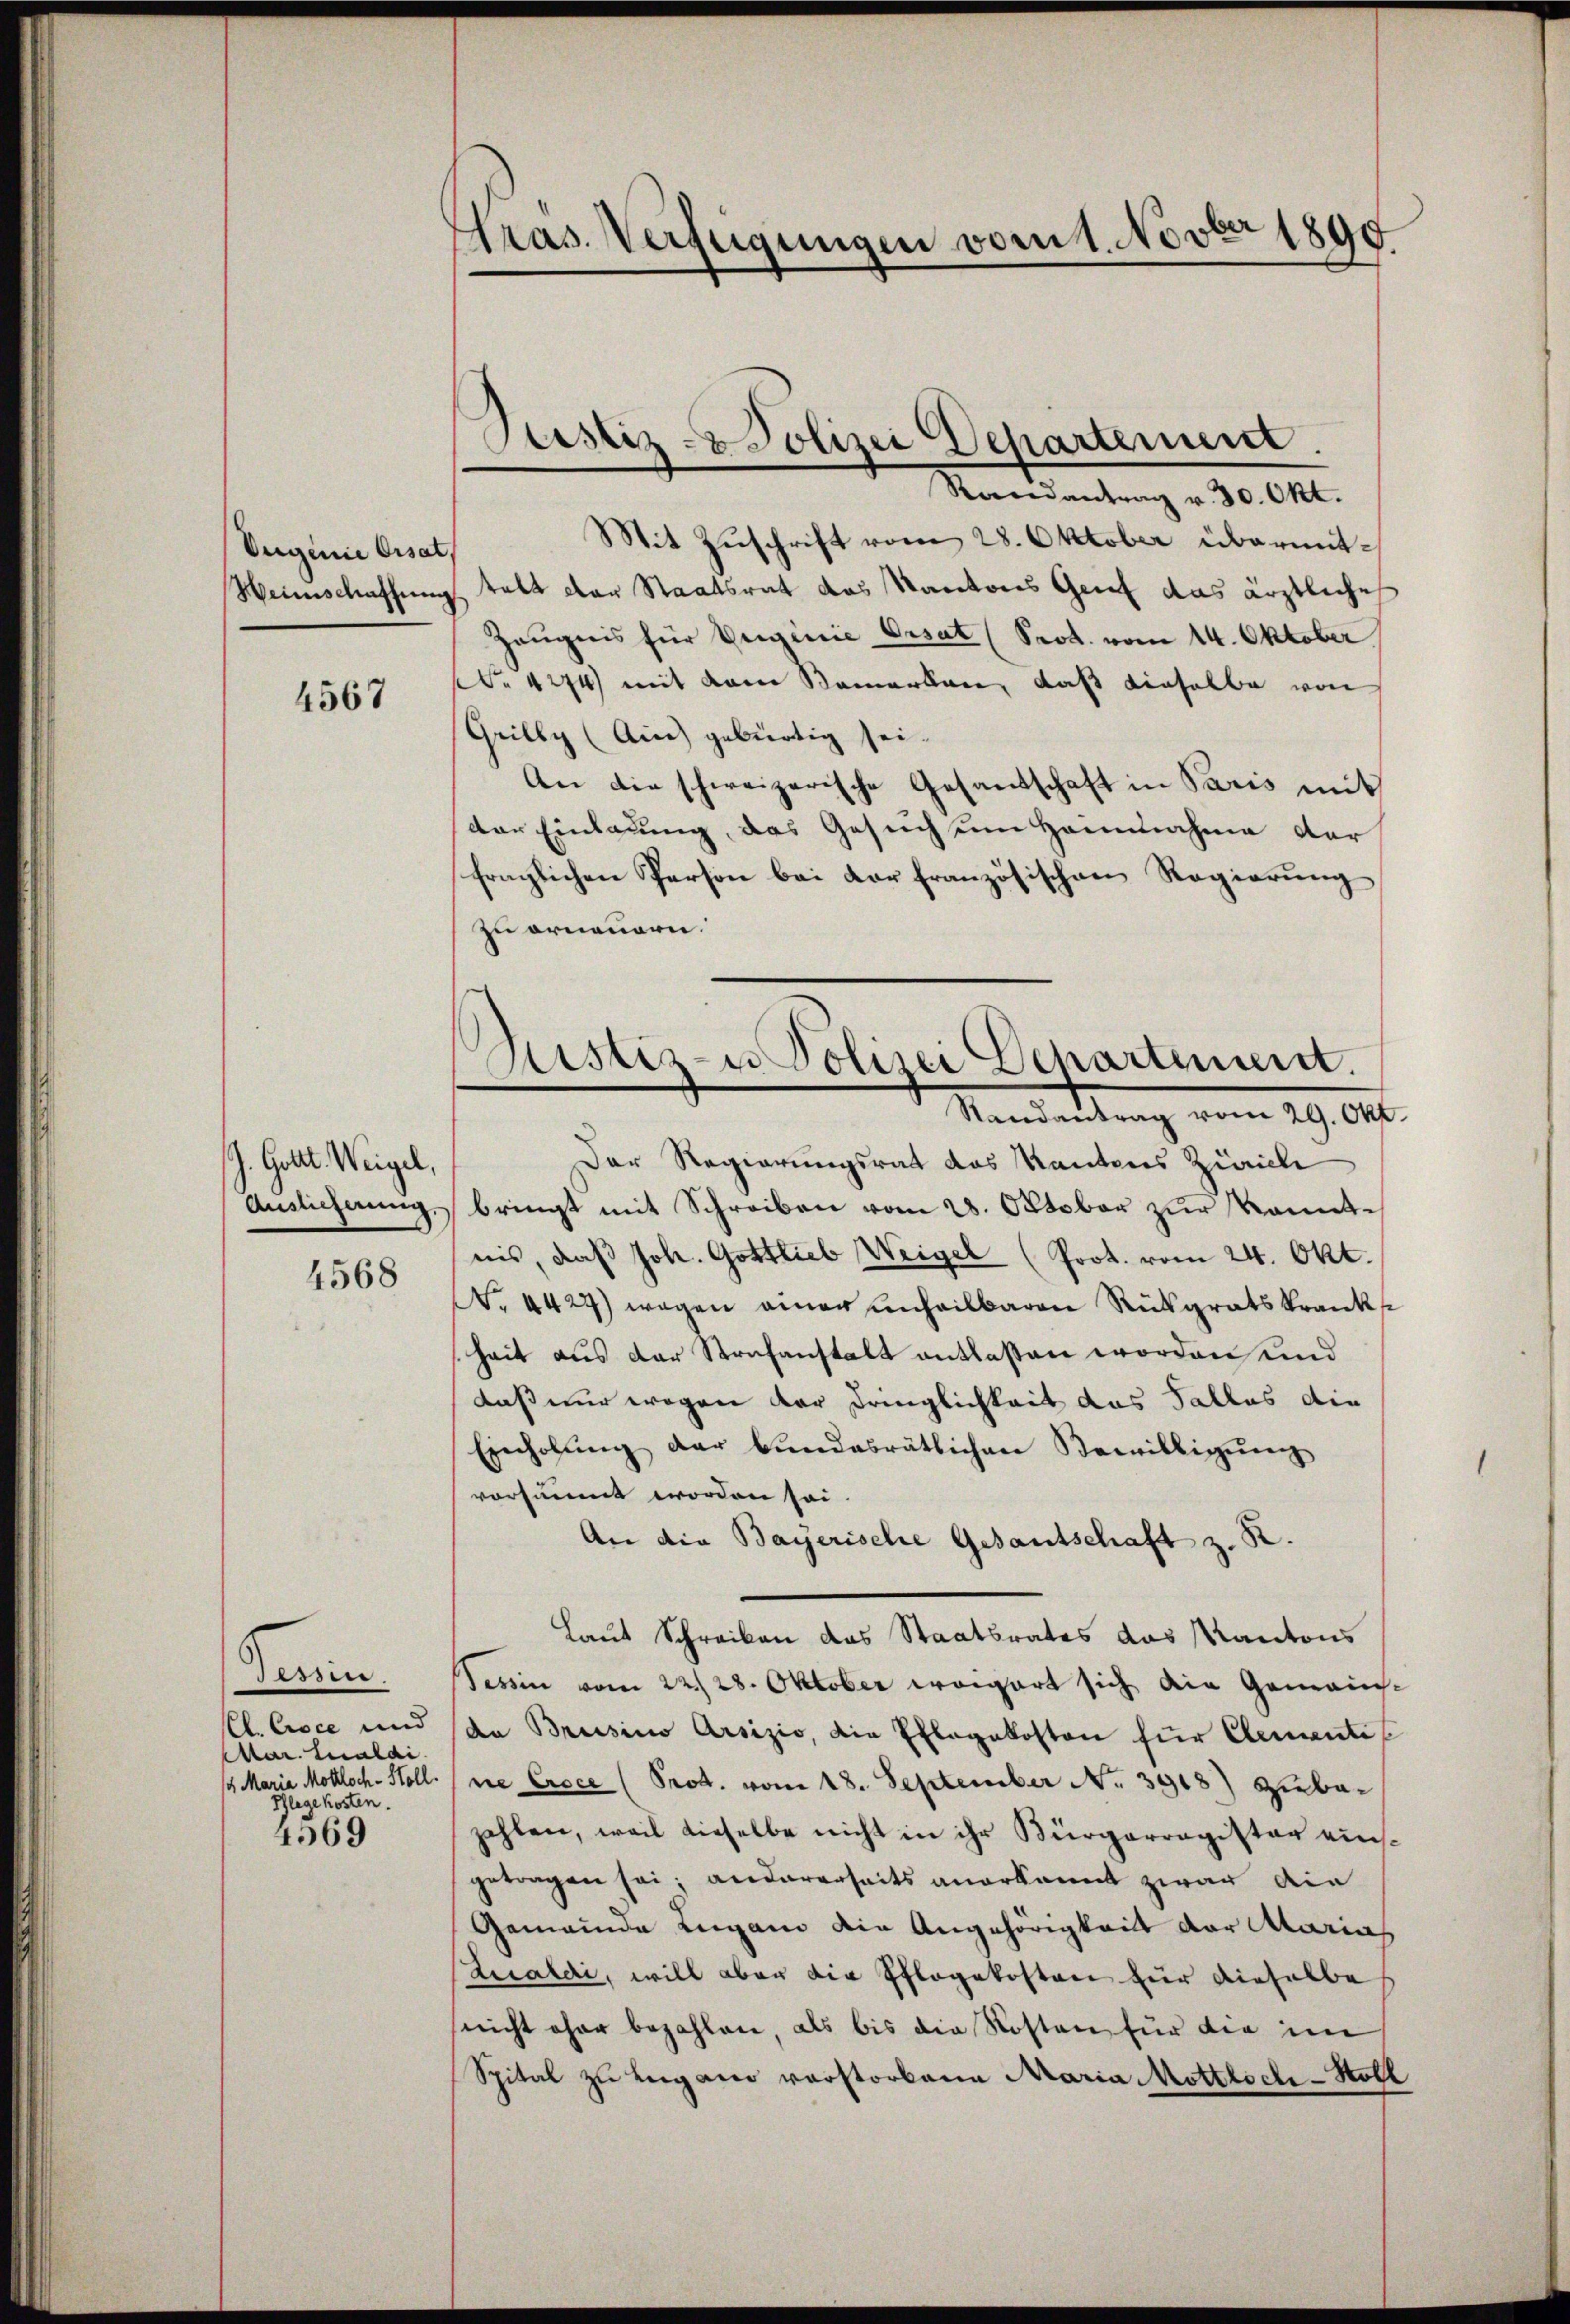
Eugenie Cisat

4567

J. Gott. Weigel,
4568

essin.
C. Croce und
Mar. Calai
14. Maria Mokloch- Holl.
Pflege kosten.
4569

Tras. Verfügungen vom 1. Novber 1890

Justiz- & Polizei Departement.

Randantrag v. 30. Okt.
Mit Zuschrift vom 28. Oktober übermit¬
Weinschaffung talt der Staatsrat das Kantons Grief das ärztliche
Zeugnis für Verginie Ersat (Prot. vom 14. Oktober
Nr 1274 mit dem Bemerken, daß dieselbe von
Grilly (Ain) gebürtig sei.
An die schweizerische Gesandschaft in Paris mit
der Einladung, das Gesuch um Heinnahme der
fraglichen Person bei Dorfranzösischen Regierung
zu erneuern.
Der Regierungsrat das Kantons Zürich
Auslicherung bringt mit Schreiben vom 28. Oktober zur kanntnis, daß Joh. Gottlieb Weigel (Prot. vom 24. Okt.
Nr. 4427) wegen einer unheilbaren Rückgratskrankst
heit aus der Strafanstalt entlassen worden und
daß nur wegen der Dringlichkeit das Tallas die
Einholŭng der Bŭndesrätlichen Bewilligŭng
vorsäumt worden sei.
An die Bayerische Gesantschaft z. R.
Laut Schreiben das Staatsrates das Kantons
Tessin vom 22. 28. Oktober weigert sich die Gemeinsda Brusino Arsizio, die Erlagekosten für Clementes
ne Croce (Prot. vom 18. September No. 3918) Hiebezahlen, weil dieselbe nicht in ihr Bürgerregister eingetragen sei; andererseits anerkannt zwar die
Gemeinde Lugano die Angehörigkeit der Marial
Lecaldi, will aber die Pflegekosten für dieselbe
nicht ohne bezahlen, als bis die Kosten für die im
Spital zu Lugano verstorbene Maria Mottlich-Holl

Sistiz- u Polizei Departement.
Mandantung vom 19. 691.